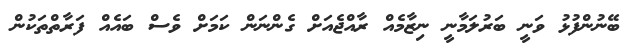
ބޭނުންފުޅު ވަނީ ބަރުލަމާނީ ނިޒާމެއް ރާއްޖެއަށް ގެންނަން ކަމަށް ވެސް ބައެއް ފަރާތްތަކުން